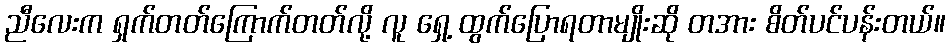
ညီလေးက ရှက်တတ်ကြောက်တတ်လို့ လူ ရှေ့ ထွက်ပြောရတာမျိုးဆို တအား စိတ်ပင်ပန်းတယ်။